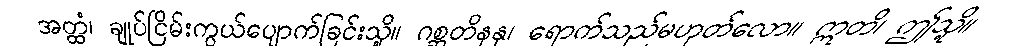
အတ္ထံ၊ ချုပ်ငြိမ်းကွယ်ပျောက်ခြင်းသို့။ ဂစ္ဆတိနနု၊ ရောက်သည်မဟုတ်လော။ ဣတိ၊ ဤသို့။